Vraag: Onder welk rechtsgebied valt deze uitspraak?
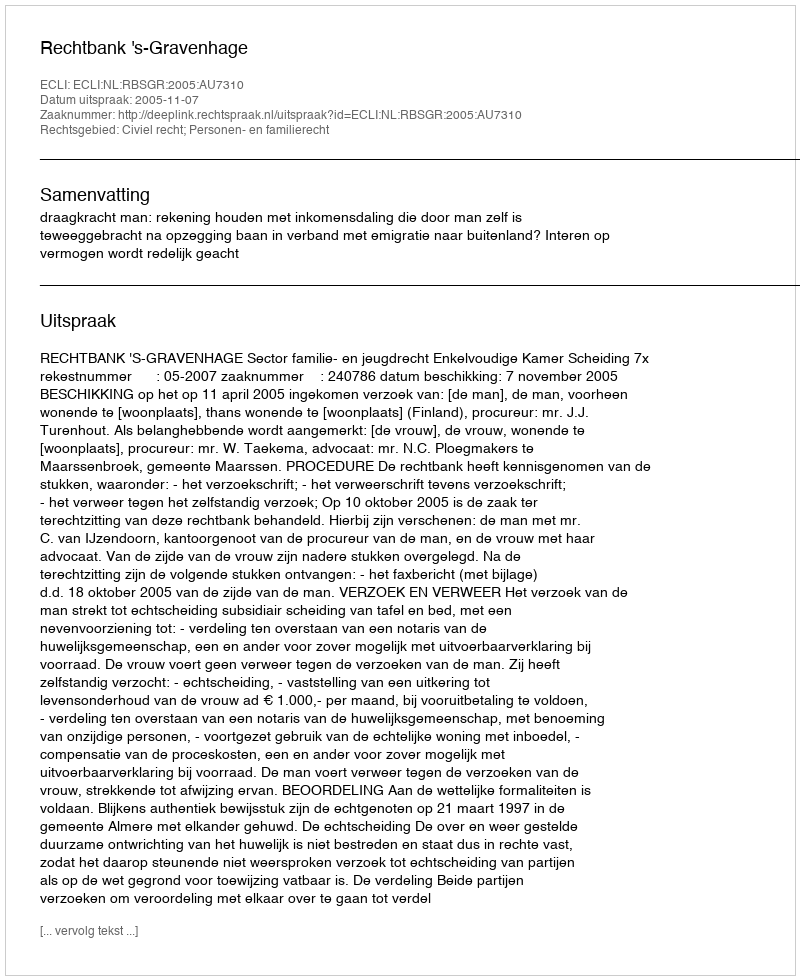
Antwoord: Civiel recht; Personen- en familierecht